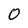
Character: 0